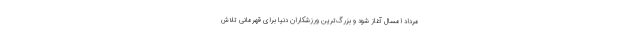
مرداد امسال آغاز شود و بزرگ‌ترین ورزشکاران دنیا برای قهرمانی تلاش